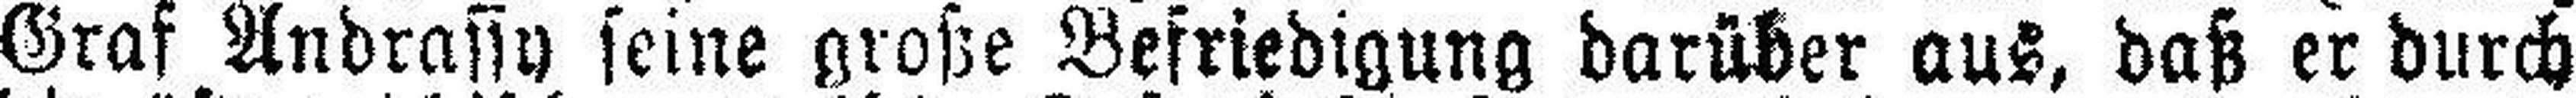
Graf Andrassy seine große Befriedigung darüber aus, daß er durch